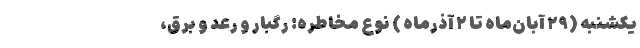
یکشنبه (۲۹ آبان‌ماه تا ۲ آذرماه ) نوع مخاطره: رگبار و رعد و برق،